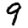
Digit: 9